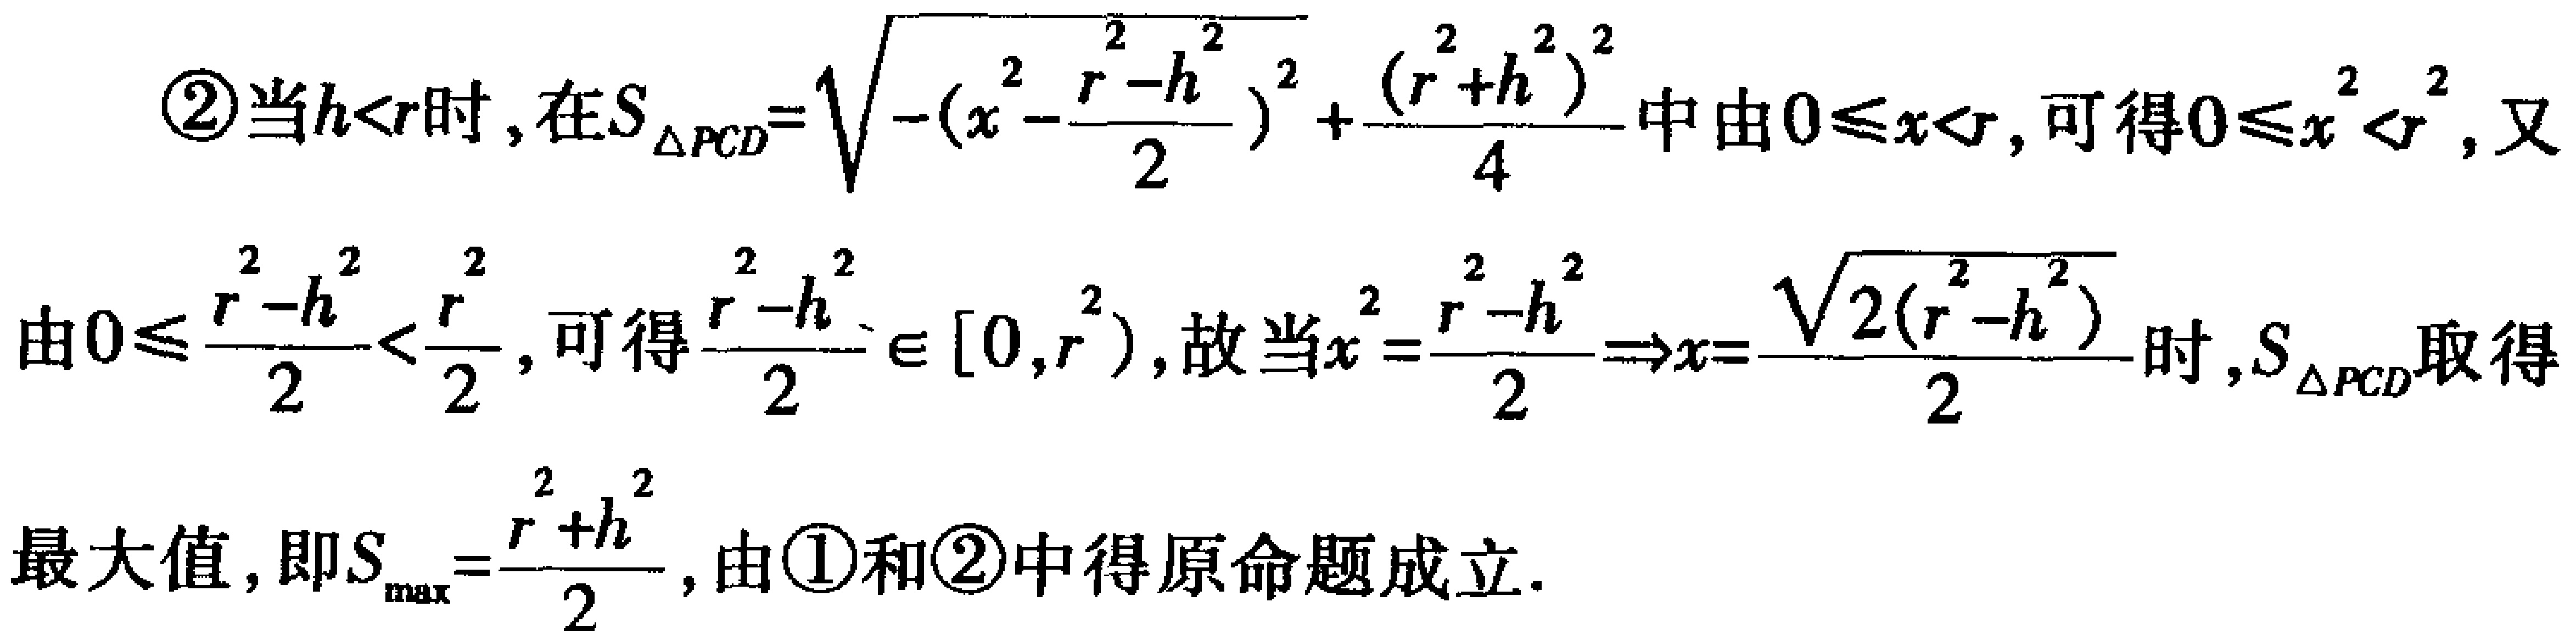
\textcircled{2}当\(h<r\)时，在\(S_{\triangle PCD}=\sqrt{-(x^{2}-\frac{r^{2}-h^{2}}{2})^{2}+\frac{(r^{2}+h^{2})^{2}}{4}}\)中由\(0\leq x<r\)，可得\(0\leq x^{2}<r^{2}\)，又
由\(0\leq \frac{r^{2}-h^{2}}{2}<\frac{r^{2}}{2}\)，可得\(\frac{r^{2}-h^{2}}{2}\in [0,r^{2})\)，故当\(x^{2}=\frac{r^{2}-h^{2}}{2}\Rightarrow x = \frac{\sqrt{2(r^{2}-h^{2})}}{2}\)时，\(S_{\triangle PCD}\)取得
最大值，即\(S_{\max}=\frac{r^{2}+h^{2}}{2}\)，由\textcircled{1}和\textcircled{2}中得原命题成立.